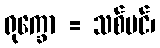
ရုက္ခော = သစ်ပင်၊